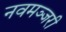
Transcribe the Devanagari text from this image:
नवमञ्जरी